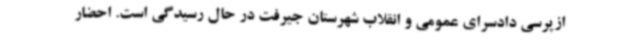
ازپرسی دادسرای عمومی و انقلاب شهرستان جیرفت در حال رسیدگی است. احضار